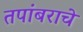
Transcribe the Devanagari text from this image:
तपांबराचे